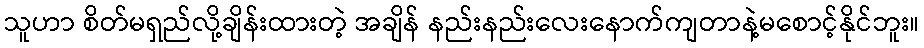
သူဟာ စိတ်မရှည်လို့ချိန်းထားတဲ့ အချိန် နည်းနည်းလေးနောက်ကျတာနဲ့မစောင့်နိုင်ဘူး။